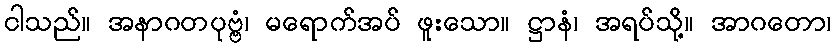
ငါသည်။ အနာဂတပုဗ္ဗံ၊ မရောက်အပ် ဖူးသော။ ဋ္ဌာနံ၊ အရပ်သို့။ အာဂတော၊